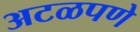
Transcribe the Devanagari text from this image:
अटळपणे